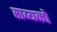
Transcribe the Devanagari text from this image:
राव्यको